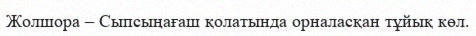
Жолшора – Сыпсыңағаш қолатында орналасқан тұйық көл.